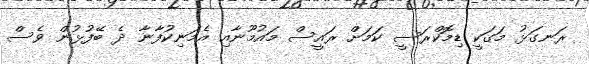
ރަނގަޅު މަގަކީ ޑިމޮކްރަސީ ކަމަށް ރައީސް މައުމޫނާއި އެމަނިކުފާނާ ދެ ބޭފުޅުން ވެސް